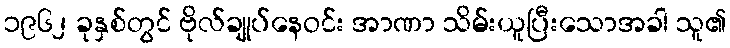
၁၉၆၂ ခုနှစ်တွင် ဗိုလ်ချုပ်နေဝင်း အာဏာ သိမ်းယူပြီးသောအခါ သူ၏